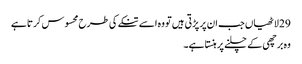
29 لاٹھیاں جب ان پر پڑتی ہیں تو وہ اسے تنکے کی طرح محسوس کرتا ہے
وہ برچھی کے چلنے پر ہنستا ہے۔